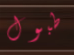
طبول